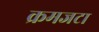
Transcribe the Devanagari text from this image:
क्रमजटा